Vital statistics of India. Vol. IV, Annual returns from 1871 to 1876. British Army of India, Native Army and jails of Bengal
Year: 1871
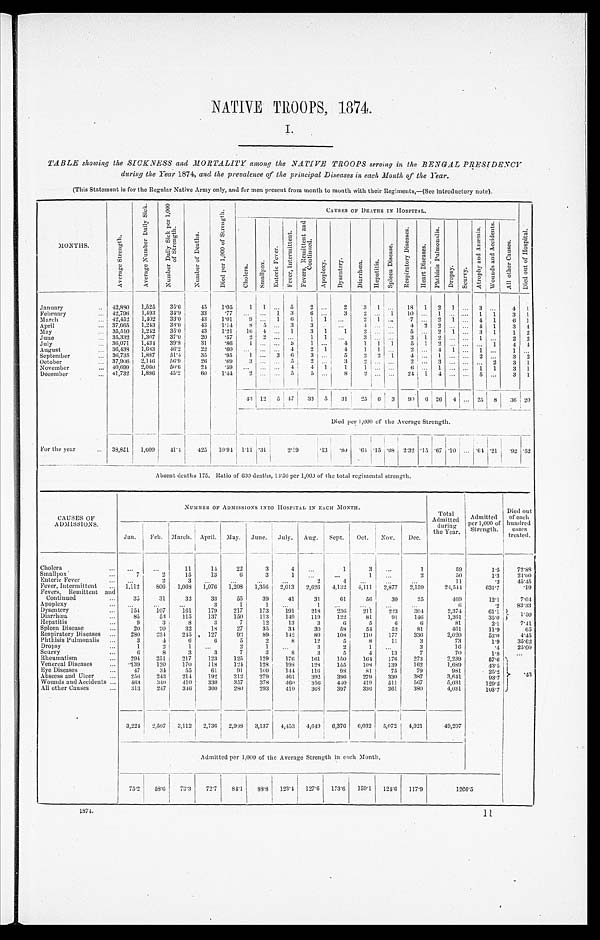
NATIVE TROOPS, 1874.
I.
TABLE showing the SICKNESS and MORTALITY among the NATIVE TROOPS serving in the BENGAL PRESIDENCY
during the Year 1874, and the prevalence of the principal Diseases in each Month of' the Year.
(This Statement is for the Regular Native Army only, and for men present from month to month with their Regiments,—(See introductory note).
MONTHS.
A v e r a g e S t r e n g t h .
A v e r a g e N u m b e r D a i l y S i c k .
N u m b e r D a i l y S i c k p e r 1 , 0 0 0 o f S t r e n g t h .
N u m b e r o f D e a t h s .
D i e d p e r 1 , 0 0 0 o f S t r e n g t h .
CAUSES OF DEATHS IN HOSPITAL.
D i e d o u t o f H o s p i t a l .
C h o l e r a .
S m a l l p o x .
E n t e r i c F e v e r .
F e v e r , I n t e r m i t t e n t .
F e v e r s , R e m i t t e n t a n d C o n t i n u e d .
A p o p l e x y .
D y s e n t e r y .
D i a r r h œ a .
H e p a t i t i s .
S p l e e n D i s e a s e .
R e s p i r a t o r y D i s e a s e s .
H e a r t D i s e a s e s .
P h t h i s i s P u l m o n a l i s .
D r o p s y .
S c u r v y .
A t r o p h y a n d A n æ m i a .
W o u n d s a n d A c c i d e n t s .
A l l o t h e r C a u s e s .
January . . .
42,880
1,525
35.6
45
1.05
1
1
. . .
5
2
. . .
2
3
1
. . .
18
1
2
1 . . .
3
. . .
4
1
February . . . 42,796
1,493
34.9
33
.77
. . .
. . .
1
3
6
. . .
3
2
. . .
1
10 . . .
1 . . . . . .
1
1
3
1
March . . . 42,452
1,402
33.0
43
1.01
9
. . .
1
6
1
1
. . .
2
1
. . .
7 . . .
2
1 . . .
4
1
6
1
April . . . 37,665
1,243
3 3 . 0
43
1.14
8
5
. . . 3
3
. . . . . .
4
. . .
. . .
4
2
2 . . . . . .
4
1
3
4
May . . . 35,510
1,242
35.0
43
1.21
16
4
. . . 1
3
1
1
2
. . .
. . .
5 . . .
2
1 . . .
3
1
1
2
June . . . 35,332
1,307
37.0
20
.57
2
2
. . .
. . .
1
1
. . .
3
. . .
. . .
3
1
2
. . .. . .
1
. . .
2
2
July . . . 36,071
1,434
39.8
31
.86
1
. . .
. . .
5
1
. . .
4
1
1
1
5
1
2
. . .. . .
. . .
1
4
4
August . . . 36,438
1,683
46.2
22
.60
. . .
. . .
. . .
4
2
1
4 1
1
. . .
2
. . .
4
1 . . .
1
. . .
1 . . .
September . . .
36,735
1,887
51.4
35
.95
1
. . . 3
6
3
. . .
5
2
2
1
4
. . .
1
. . .. . .
2
. . .
3
2
October . . . 37,906
2,146
56.9
26
.69
3
. . .
. . . 5
2
. . .
3
2
. . .
. . .
2
. . .
3
. . .. . .
. . .
2
3
1
November . . . 40,699
2,060
50.6
2 4
.59
. . .
. . .
. . .
4
4
1
1
1
. . .
. . .
6 . . .
1
. . . . . .
1
1
3
1
December . . . 41,732
1,886
45.2
60
1.44
2
. . .
. . .
5
5
. . .
8
2
. . .
. . .
24
1
4
. . .. . .
5
. . .
3
1
4 3
12
5 47
33
5
3 1 25
6
3
90
6
26
4
. . .
2 5
8
36
2 0
Died per 1,000 of the Average Strength.
For the year . . . 38,851
1,609
4 1 . 4
425
10.94 1.11
. 3 1
2.1
9
.13
. 8 0
. 6 4
. 1 5
. 0 8
2.3
2
.15 .67 .10
. . . .64.21 .92 .52
Absent deaths 175. Ratio of 600 deaths, 13.50 per 1,000 of the total regimental strength.
CAUSES OF
ADMISSIONS.
NUMBER OF ADMISSIONS INTO HOSPITAL IN EACH MONTH.
Total Admitted
during
the Year.
Admitted
per 1,000 of
Strength.
Died out
of each
hundred
cases
treated.
Jan.
Feb.
March.
April. May.
June.
July.
Aug.
Sept.
Oct.
Nov.
Dec.
C h o l e r a . . .
. . .
. . .
1 1
14
22
3
4
. . .
1
3
. . .
1
59
1.5
72.88
Smallpox . . .
7
2
15
13
6
3
1
. . .
. . .
1
. . .
2
50
1.3
24.00
Enteric Fever . . .
. . .
2
3
. . .
. . .
. . .
. . .
2
4
. . .
. . .
. . .
11
.3
45.45
Fever, Intermittent . . .
1,112
806
1,068
1,076
1,208
1,356
2,013
2,626
4,132
4,111
2,877
2,159
24,544
631.7
.19
Fevers, Remittent and
Continued . . .
35
31
32
33
55
39
41
31
61
56
30
25
469
12.1
7.04
Apoplexy . . .
. . .
. . .
. . .
3
1
1
. . .
1
. . .
. . .
. . .
. . .
6
.2
83.33
Dysentery . . .
154
107
161
179
217
173
191
218
236
211
223
3 0 4
2,374
61.1
1 . 5 0
Diarrhœa . . .
85
53
115
137
150
113
149
119
122
81
91
146
1,361
35.0
H e p a t i t i s . . .
9
3
8
3
7
12
13
3
6
5
6
6
81
2.1
7.41
Spleen Disease . . .
20
20
32
18
27
35
34
30
58
54
52
81
461
11.9
65
Respiratory Diseases . . .
280
234
245
127
92
89
142
80
108
110
177
336
2,020
52.0
4.45
Phthisis Pulmonalis . . .
3
4
6
6
5
2
8
12
5
8
11
3
73
1.9
35.62
Dropsy . . .
1
2
1
. . .
2
1
. . .
3
2
1
. . .
3
16
.4
25.00
Scurvy . . .
6
8
3
3
7
3
8
3
5
4
13
7
70
1.8
. . .
Rheumatism . . .
294
251
217
123
125
129
176
161
150
164
176
273
2,239
57.6 . 4 3
Venereal Diseases . . .
139
120
170
118
124
128
198
128
155
108
139
162
1,689
43.5
Eye Diseases . . .
47
34
55
61
91
1 0 0
144
116
98
81
75
79
981
2 5 . 2
Abscess and Ulcer . . .
256
243
214
192
212
279
461
392
396
279
330
387
3,641
93.7
Wounds and Accidents . . .
463
340
4 1 0
330
357
378
460
356
440
419
511
567
5,031
129.5
All other Causes . . .
313
247
346
300
280
293
410
368
397
336
361
380
4,031
103.7
3,224
2,507
3,112
2,736
2,988
3,137
4,453
4,649
6,376
6,032
5,072
4,921
49,207
Admitted per 1,000 of the Average Strength in each Month.
75.2
58.6
73.3
72.7
84.1
88.8
123.4
127.6
173.6
159.1
124.6
117.9
1266.5
1874.
11